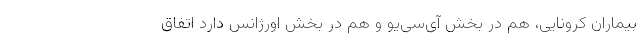
بیماران کرونایی، هم در بخش آی‌سی‌یو و هم در بخش اورژانس دارد اتفاق